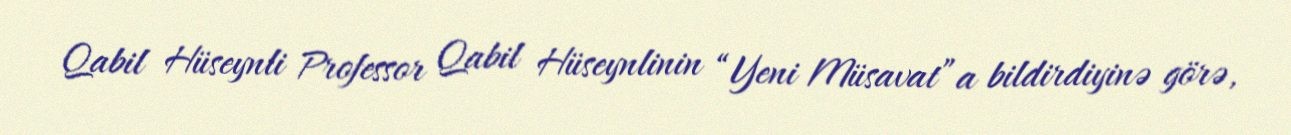
Qabil Hüseynli Professor Qabil Hüseynlinin “Yeni Müsavat”a bildirdiyinə görə,